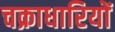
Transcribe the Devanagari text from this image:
चक्राधारियों